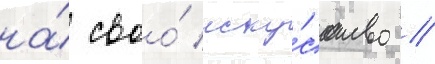
на́ своо́ иску́сство //